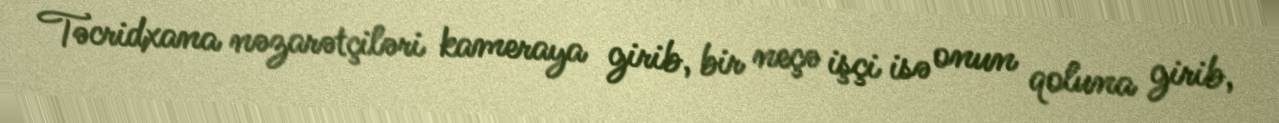
Təcridxana nəzarətçiləri kameraya girib, bir neçə işçi isə onun qoluna girib,